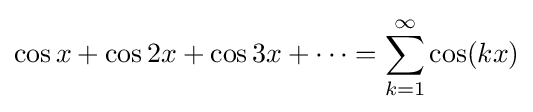
\cos x+\cos 2x+\cos 3x+\cdots =\sum _{k=1}^{\infty }\cos(kx)